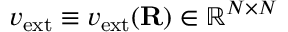
v _ { \mathrm { e x t } } \equiv v _ { \mathrm { e x t } } ( { \bf R } ) \in { \mathbb R } ^ { N \times N }